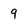
Character: 9